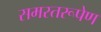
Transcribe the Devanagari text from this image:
समस्तरूपेण